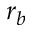
r _ { b }